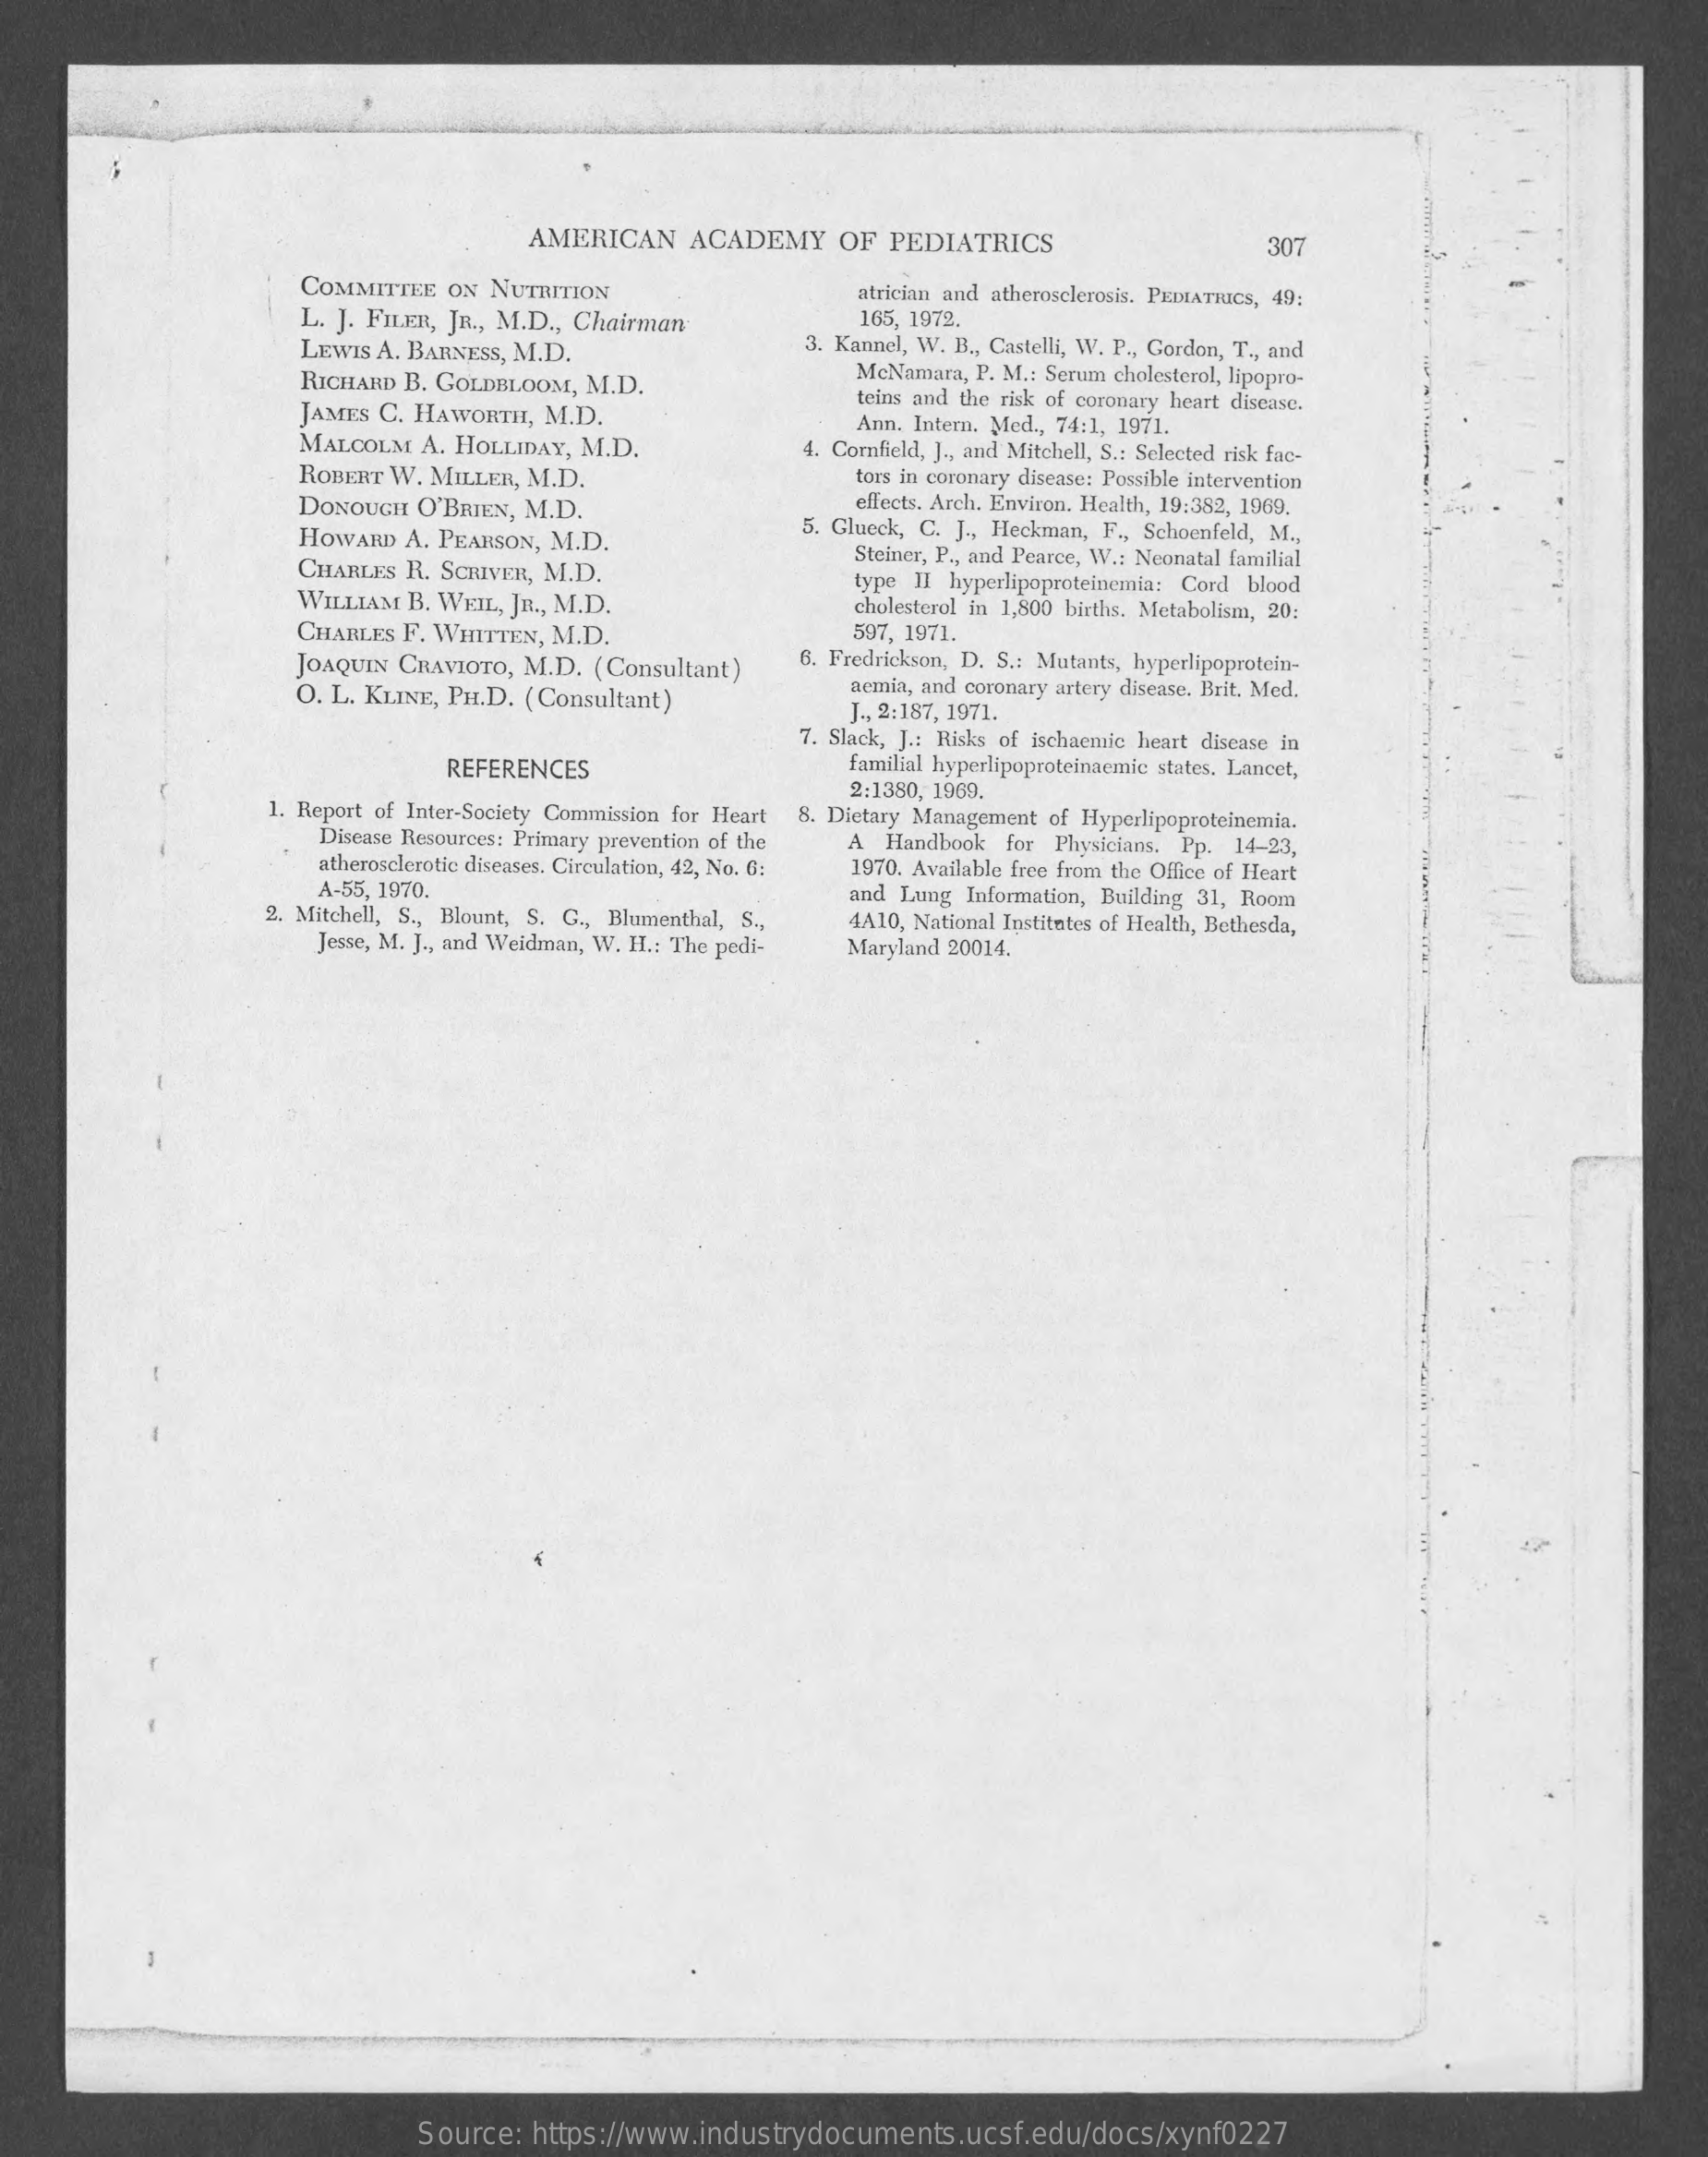
AMERICAN    ACADEMY    OF  PEDIATRICS    307
     COMMITTEE   ON NUTRITION    atrician and atherosclerosis. PEDIATRICS, 49;
     L. J. FILER, JR ., M.D ., Chairman    165, 1972.
     LEWIS  A. BARNESS, M.D.    3. Kannel, W. B ., Castelli, W. P ., Gordon, T ., and
     RICHARD  B. GOLDBLOOM,  M.D.
     McNamara, P. M .: Scrum cholesterol, lipopro-
     JAMES  C. HAWORTH,  M.D.
     teins and the risk of coronary heart disease.
     MALCOLM   A. HOLLIDAY, M.D.
     Ann. Intern. Med ., 74:1, 1971.
     4. Cornfield, J ., and Mitchell, S .: Selected risk fac-
     ROBERT  W. MILLER, M.D.    tors in coronary disease: Possible intervention
     DONOUGH   O'BRIEN, M.D.    effects. Arch. Environ. Health, 19:382, 1969.
     HOWARD   A. PEARSON, M.D.
     5. Glueck, C. J ., Heckman, F ., Schoenfeld, M .,
     CHARLES  R. SCRIVER, M.D.
     Steiner, P ., and Pearce, W .: Neonatal familial
     WILLIAM  B. WEIL, JR ., M.D.
     type II hyperlipoproteinemia: Cord blood
     cholesterol in 1,800 births. Metabolism, 20:
     CHARLES  F. WHITTEN, M.D.    597, 1971.
     JOAQUIN CRAVIOTO,  M.D.  (Consultant)    6. Fredrickson, D. S .: Mutants, hyperlipoprotein-
     O. L. KLINE, PH.D. (Consultant)
     acmia, and coronary artery disease. Brit. Med.
     J ., 2:187, 1971.
     7. Slack, J .: Risks of ischaemic heart disease in
     REFERENCES    familial hyperlipoproteinaemie states. Lancet,
     1. Report of Inter-Society Commission for Heart
     2:1380, 1969.
     Disease Resources: Primary prevention of the
     8. Dietary Management of Hyperlipoproteinemia.
     A Handbook  for Physicians. Pp. 14-23,
     atherosclerotic diseases. Circulation, 42, No. G: 1970. Available free from the Office of Heart
     A-55, 1970.    and Lung  Information, Building 31, Room
     2. Mitchell, S ., Blount, S. G ., Blumenthal, S ., 4A10, National Institutes of Health, Bethesda,
     Jesse, M. J ., and Weidman, W. H .: The pedi- Maryland 20014.
     Source:  https://www.industrydocuments.ucsf.edu/docs/xynf0227